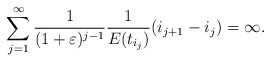
\begin{align*} \sum_{j = 1}^{\infty} \frac{1}{(1+\varepsilon)^{j-1}}\frac{1}{E(t_{i_{j}})} (i_{j+1} - i_j) = \infty. \end{align*}